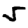
Digit: 5